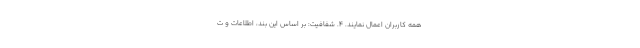
همه کاربران اعمال نمایند. ۴. شفافیت: بر اساس این بند، اطلاعات و ت